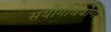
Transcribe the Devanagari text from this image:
संयोगवियोग